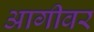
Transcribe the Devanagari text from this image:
आगीवर